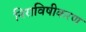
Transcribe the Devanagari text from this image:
निराविषीकरण